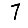
Digit: 7